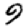
Digit: 9